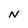
Character: N